Vaccination in Bombay 1902-1912 - 1902-1912
Year: 1902
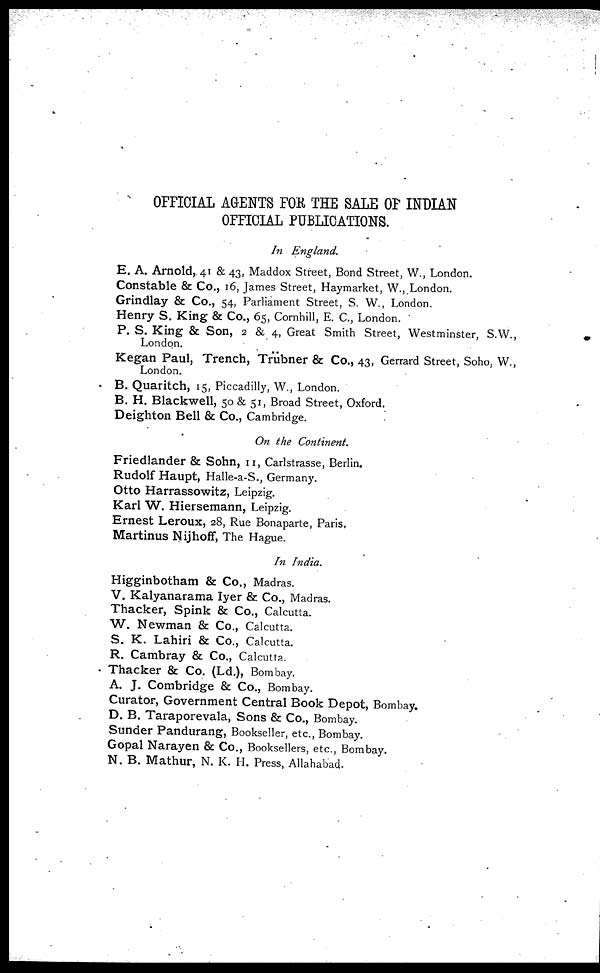
OFFICIAL AGENTS FOR THE SALE OF INDIAN
OFFICIAL PUBLICATIONS.
In England.
E. A. Arnold, 41 & 43, Maddox Street, Bond Street, W., London.
Constable & Co., 16, James Street, Haymarket, W., London.
Grindlay & Co., 54, Parliament Street, S. W., London.
Henry S. King & Co., 65, Cornhill, E. C., London.
P. S. King & Son, 2 & 4, Great Smith Street, Westminster, S.W.,
London.
Kegan Paul, Trench, Trübner & Co., 43, Gerrard Street, Soho, W.,
London.
B. Quaritch, 15, Piccadilly, W., London.
B. H. Blackwell, 50 & 51, Broad Street, Oxford.
Deighton Bell & Co., Cambridge.
On the Continent.
Friedlander & Sohn, 11, Carlstrasse, Berlin.
Rudolf Haupt, Halle-a-S., Germany.
Otto Harrassowitz, Leipzig.
Karl W. Hiersemann, Leipzig.
Ernest Leroux, 28, Rue Bonaparte, Paris,
Martinus Nijhoff, The Hague.
In India.
Higginbotham & Co., Madras.
V. Kalyanarama Iyer & Co., Madras.
Thacker, Spink & Co., Calcutta.
W. Newman & Co., Calcutta.
S. K. Lahiri & Co., Calcutta.
R. Cambray & Co., Calcutta.
Thacker & Co. (Ld.), Bombay.
A. J. Combridge & Co., Bombay.
Curator, Government Central Book Depot, Bombay.
D. B. Taraporevala, Sons & Co., Bombay.
Sunder Pandurang, Bookseller, etc., Bombay.
Gopal Narayen & Co., Booksellers, etc., Bombay.
N. B. Mathur, N. K. H. Press, Allahabad.